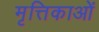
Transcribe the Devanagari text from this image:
मृत्तिकाओं